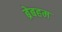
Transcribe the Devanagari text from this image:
ब्रेबहम